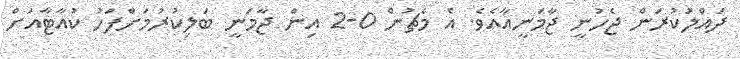
ދައްލަުކުރަން ޖެހުނީ ޖާމަނީއާއެވެ. އެ މެޗުން 0-2 އިން ޖާމަނީ ބަލިކުރުމަށްފަހު ކުއާޓާއަށް